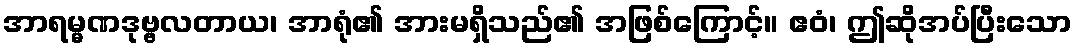
အာရမ္မဏဒုဗ္ဗလတာယ၊ အာရုံ၏ အားမရှိသည်၏ အဖြစ်ကြောင့်။ ဧဝံ၊ ဤဆိုအပ်ပြီးသော